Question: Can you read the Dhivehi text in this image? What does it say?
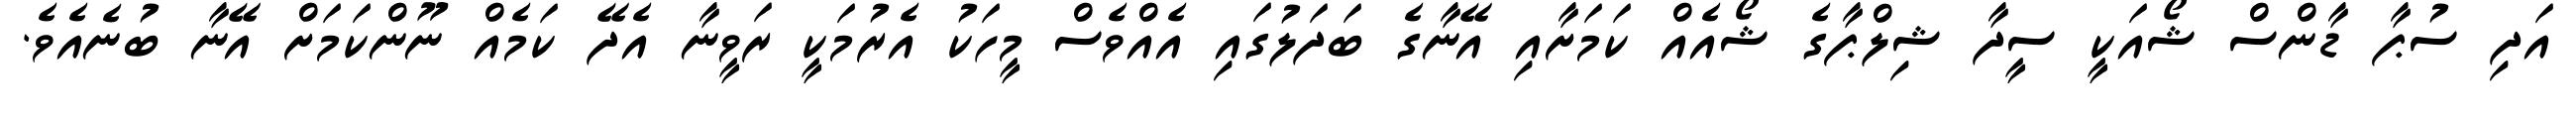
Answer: އަދި ސުޕާ ޑާންސް ޝޯއަކީ ސީދާ ޝިލްޕާގެ ޝޯއެއް ކަމަށާއި އޭނާގެ ބަދަލުގައި އެއްވެސް މީހަކު އެރުމަކީ ރަވީނާ އެދޭ ކަމެއް ނޫންކަމަށް އޭނާ ބުނެއެވެ.